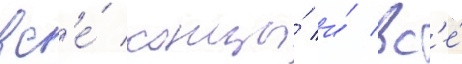
вс'е́ концы́ и́ вс'е́